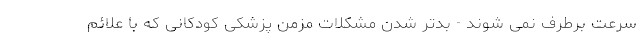
سرعت برطرف نمی شوند - بدتر شدن مشکلات مزمن پزشکی کودکانی که با علائم